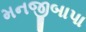
મનજીબાપા